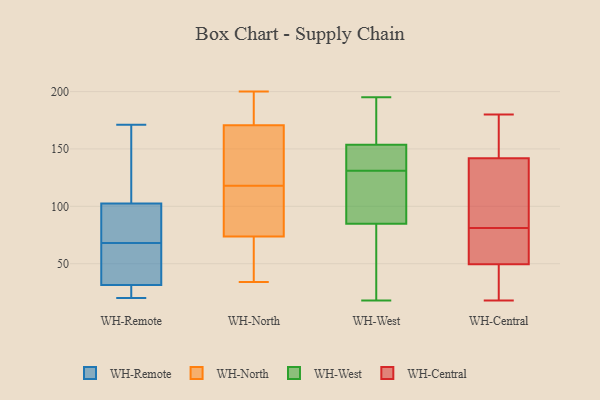
{"axis": {"x": "Net Income (USD K)", "y": "Value"}, "legend": ["WH-Central", "WH-North", "WH-Remote", "WH-West"], "data": [{"x": "", "y": 96, "type": "WH-Remote"}, {"x": "", "y": 128, "type": "WH-Remote"}, {"x": "", "y": 54, "type": "WH-Remote"}, {"x": "", "y": 20, "type": "WH-Remote"}, {"x": "", "y": 47, "type": "WH-Remote"}, {"x": "", "y": 82, "type": "WH-Remote"}, {"x": "", "y": 34, "type": "WH-Remote"}, {"x": "", "y": 29, "type": "WH-Remote"}, {"x": "", "y": 171, "type": "WH-Remote"}, {"x": "", "y": 29, "type": "WH-Remote"}, {"x": "", "y": 109, "type": "WH-Remote"}, {"x": "", "y": 95, "type": "WH-Remote"}, {"x": "", "y": 90, "type": "WH-North"}, {"x": "", "y": 50, "type": "WH-North"}, {"x": "", "y": 75, "type": "WH-North"}, {"x": "", "y": 114, "type": "WH-North"}, {"x": "", "y": 200, "type": "WH-North"}, {"x": "", "y": 180, "type": "WH-North"}, {"x": "", "y": 121, "type": "WH-North"}, {"x": "", "y": 168, "type": "WH-North"}, {"x": "", "y": 70, "type": "WH-North"}, {"x": "", "y": 36, "type": "WH-North"}, {"x": "", "y": 137, "type": "WH-North"}, {"x": "", "y": 179, "type": "WH-North"}, {"x": "", "y": 118, "type": "WH-North"}, {"x": "", "y": 34, "type": "WH-North"}, {"x": "", "y": 163, "type": "WH-North"}, {"x": "", "y": 187, "type": "WH-North"}, {"x": "", "y": 107, "type": "WH-North"}, {"x": "", "y": 48, "type": "WH-West"}, {"x": "", "y": 136, "type": "WH-West"}, {"x": "", "y": 132, "type": "WH-West"}, {"x": "", "y": 168, "type": "WH-West"}, {"x": "", "y": 149, "type": "WH-West"}, {"x": "", "y": 153, "type": "WH-West"}, {"x": "", "y": 78, "type": "WH-West"}, {"x": "", "y": 87, "type": "WH-West"}, {"x": "", "y": 156, "type": "WH-West"}, {"x": "", "y": 18, "type": "WH-West"}, {"x": "", "y": 195, "type": "WH-West"}, {"x": "", "y": 121, "type": "WH-West"}, {"x": "", "y": 109, "type": "WH-West"}, {"x": "", "y": 28, "type": "WH-West"}, {"x": "", "y": 164, "type": "WH-West"}, {"x": "", "y": 88, "type": "WH-West"}, {"x": "", "y": 131, "type": "WH-West"}, {"x": "", "y": 163, "type": "WH-Central"}, {"x": "", "y": 18, "type": "WH-Central"}, {"x": "", "y": 154, "type": "WH-Central"}, {"x": "", "y": 40, "type": "WH-Central"}, {"x": "", "y": 180, "type": "WH-Central"}, {"x": "", "y": 180, "type": "WH-Central"}, {"x": "", "y": 85, "type": "WH-Central"}, {"x": "", "y": 138, "type": "WH-Central"}, {"x": "", "y": 82, "type": "WH-Central"}, {"x": "", "y": 81, "type": "WH-Central"}, {"x": "", "y": 48, "type": "WH-Central"}, {"x": "", "y": 55, "type": "WH-Central"}, {"x": "", "y": 34, "type": "WH-Central"}, {"x": "", "y": 50, "type": "WH-Central"}, {"x": "", "y": 70, "type": "WH-Central"}, {"x": "", "y": 137, "type": "WH-Central"}, {"x": "", "y": 75, "type": "WH-Central"}]}